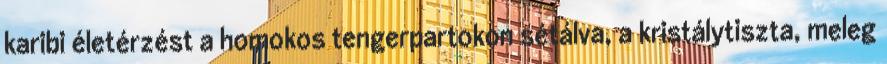
karibi életérzést a homokos tengerpartokon sétálva, a kristálytiszta, meleg